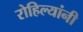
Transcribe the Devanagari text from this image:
रोहिल्यांनी